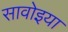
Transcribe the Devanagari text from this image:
सावोइया